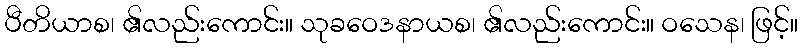
ပီတိယာစ၊ ၏လည်းကောင်း။ သုခဝေဒနာယစ၊ ၏လည်းကောင်း။ ဝသေန၊ ဖြင့်။